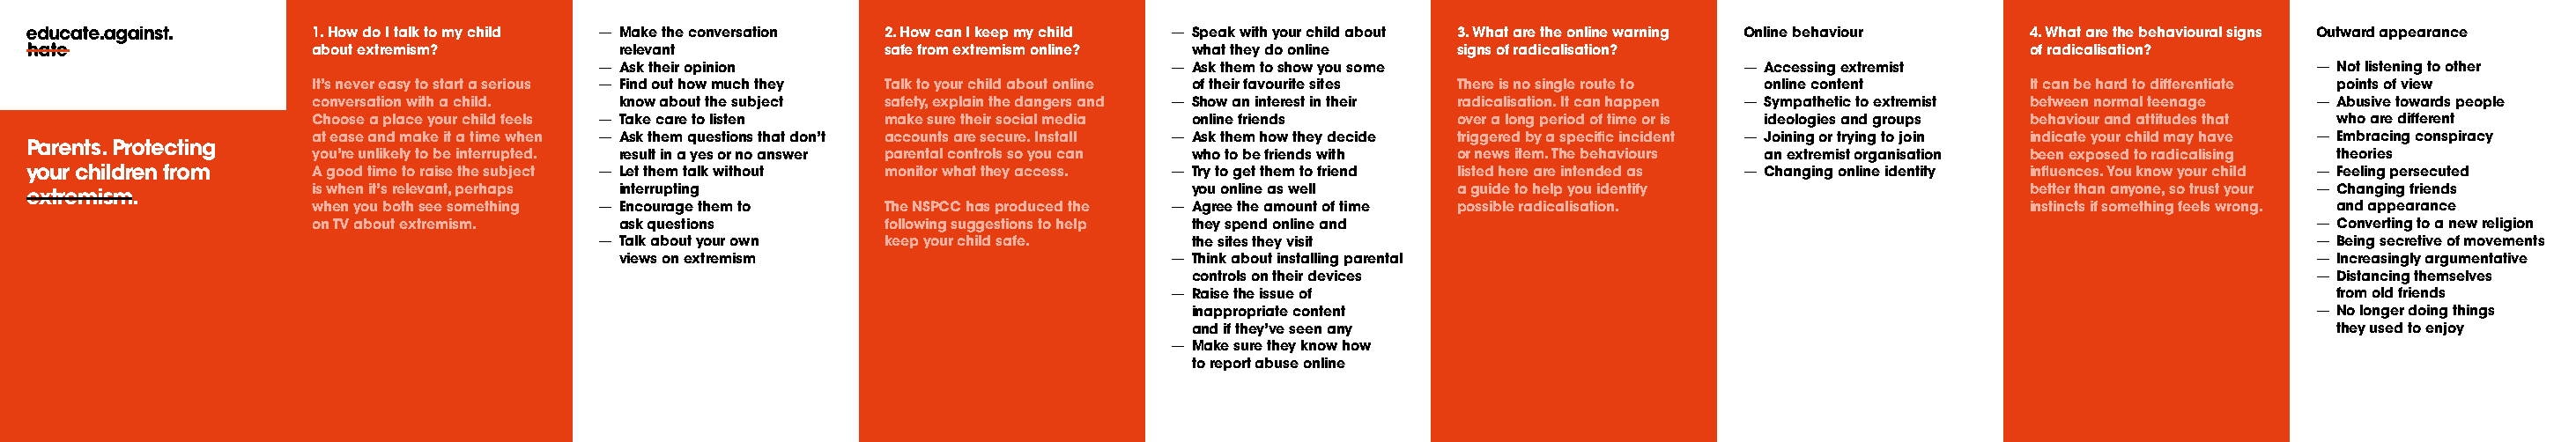
1. How do I talk to my child — Make the conversation 2. How can I keep my child — Speak with your child about 3. What are the online warning Online behaviour 4. What are the behavioural signs Outward appearance
 about extremism?        relevant           safe from extremism online? what they do online signs of radicalisation?              of radicalisation?
 — Ask their opinion                        — Ask them to show you some                — Accessing extremist                      — Not listening to other
 It’s never easy to start a serious — Find out how much they Talk to your child about online of their favourite sites There is no single route to online content It can be hard to differentiate points of view
 conversation with a child. know about the subject safety, explain the dangers and — Show an interest in their radicalisation. It can happen — Sympathetic to extremist between normal teenage — Abusive towards people
 Choose a place your child feels — Take care to listen make sure their social media online friends over a long period of time or is ideologies and groups behaviour and attitudes that who are different
 at ease and make it a time when — Ask them questions that don’t accounts are secure. Install — Ask them how they decide triggered by a specific incident — Joining or trying to join indicate your child may have — Embracing conspiracy
 Parents. Protecting
 you’re unlikely to be interrupted. result in a yes or no answer parental controls so you can who to be friends with or news item. The behaviours an extremist organisation been exposed to radicalising theories
 your children from   A good time to raise the subject — Let them talk without monitor what they access. — Try to get them to friend listed here are intended as — Changing online identity influences. You know your child — Feeling persecuted
 extremism.           is when it’s relevant, perhaps interrupting                        you online as well a guide to help you identify               better than anyone, so trust your — Changing friends
 when you both see something — Encourage them to The NSPCC has produced the — Agree the amount of time possible radicalisation.   instincts if something feels wrong. and appearance
 on TV about extremism.  ask questions      following suggestions to help they spend online and                                                         — Converting to a new religion
 — Talk about your own keep your child safe.  the sites they visit                                                                — Being secretive of movements
 views on extremism                       — Think about installing parental                                                     — Increasingly argumentative
 controls on their devices                                                           — Distancing themselves
 — Raise the issue of                                                                    from old friends
 inappropriate content                                                               — No longer doing things
 and if they’ve seen any                                                               they used to enjoy
 — Make sure they know how
 to report abuse online